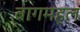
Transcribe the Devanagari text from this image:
बागमहल